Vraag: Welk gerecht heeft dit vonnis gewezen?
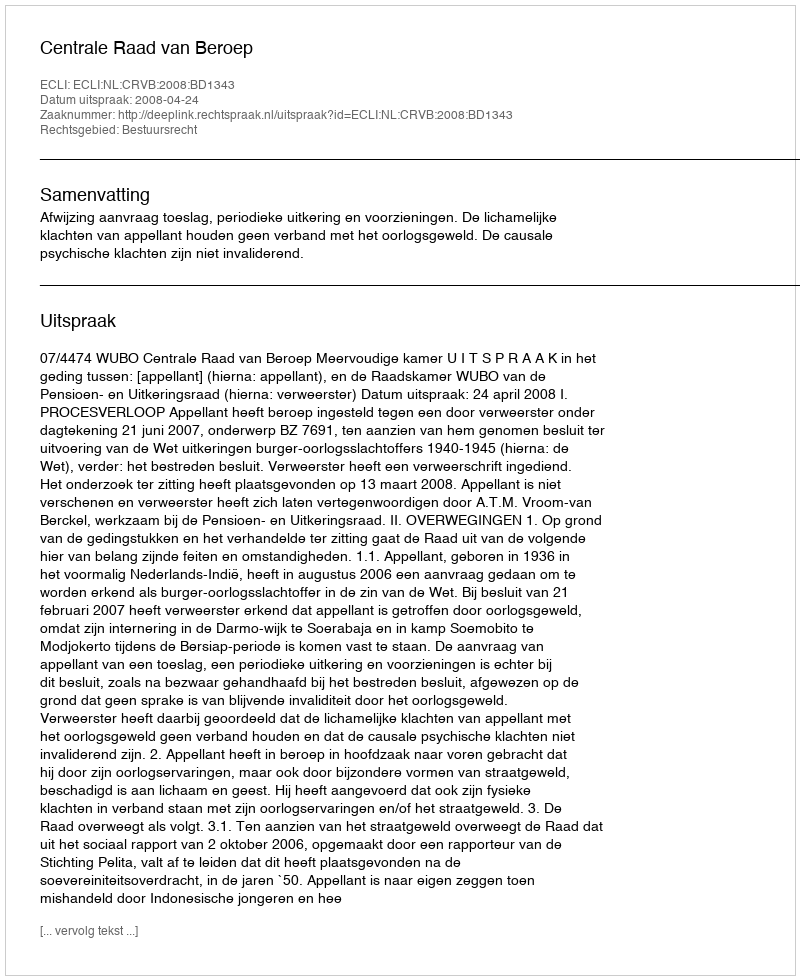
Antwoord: Centrale Raad van Beroep